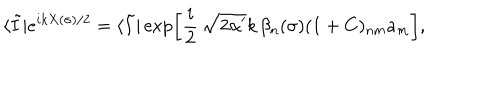
\langle \tilde { I } | e ^ { i k X ( \sigma ) / 2 } = \langle \tilde { I } | \exp \left[ { \frac { i } { 2 } } \, \sqrt { 2 \alpha ^ { \prime } } k \, \beta _ { n } ( \sigma ) ( 1 + C ) _ { n m } a _ { m } \right] ,